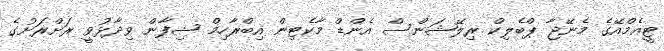
ޓީއެމްއޭގެ މެނޭޖާ ޕްބެލިކް ރިލޭޝަންސް އެންޑް މާކެޓިން އިބްރާހިމް ޝިފާން ވިދާޅުވީ ރަށްރަށުގެ